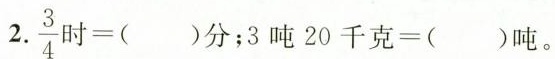
2 $$.\frac{3} {4}$$ =( )分；3吨20千克=( )吨。